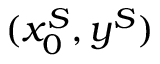
( x _ { 0 } ^ { S } , y ^ { S } )